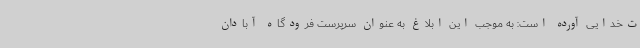
ت‌خدایی آورده است: به موجب این ابلاغ به عنوان سرپرست فرودگاه آبادان